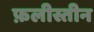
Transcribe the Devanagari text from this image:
फ़लीस्तीन